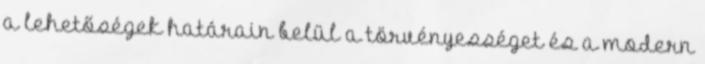
a lehetőségek határain belül a törvényességet és a modern